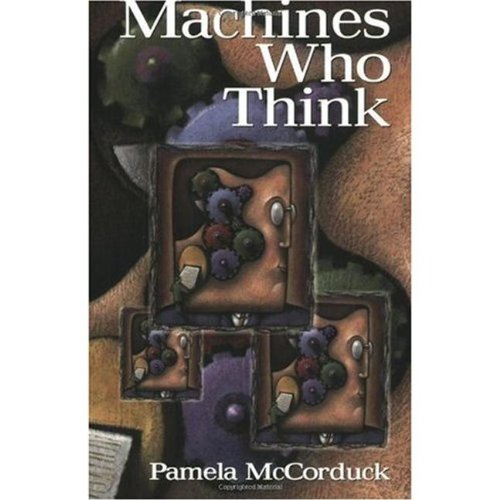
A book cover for Machines Who Think: A Personal Inquiry into the History and Prospects of Artificial Intelligence; Pamela McCorduck; Computers & Technology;